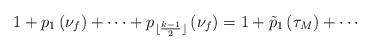
LaTeX: \begin{align*}1+{p}_1\left(\nu_f\right)+\cdots+p_{\lfloor{\frac{k-1}{2}}\rfloor}\left(\nu_f\right)=1+\tilde{p}_1\left(\tau_M\right)+\cdots \end{align*}